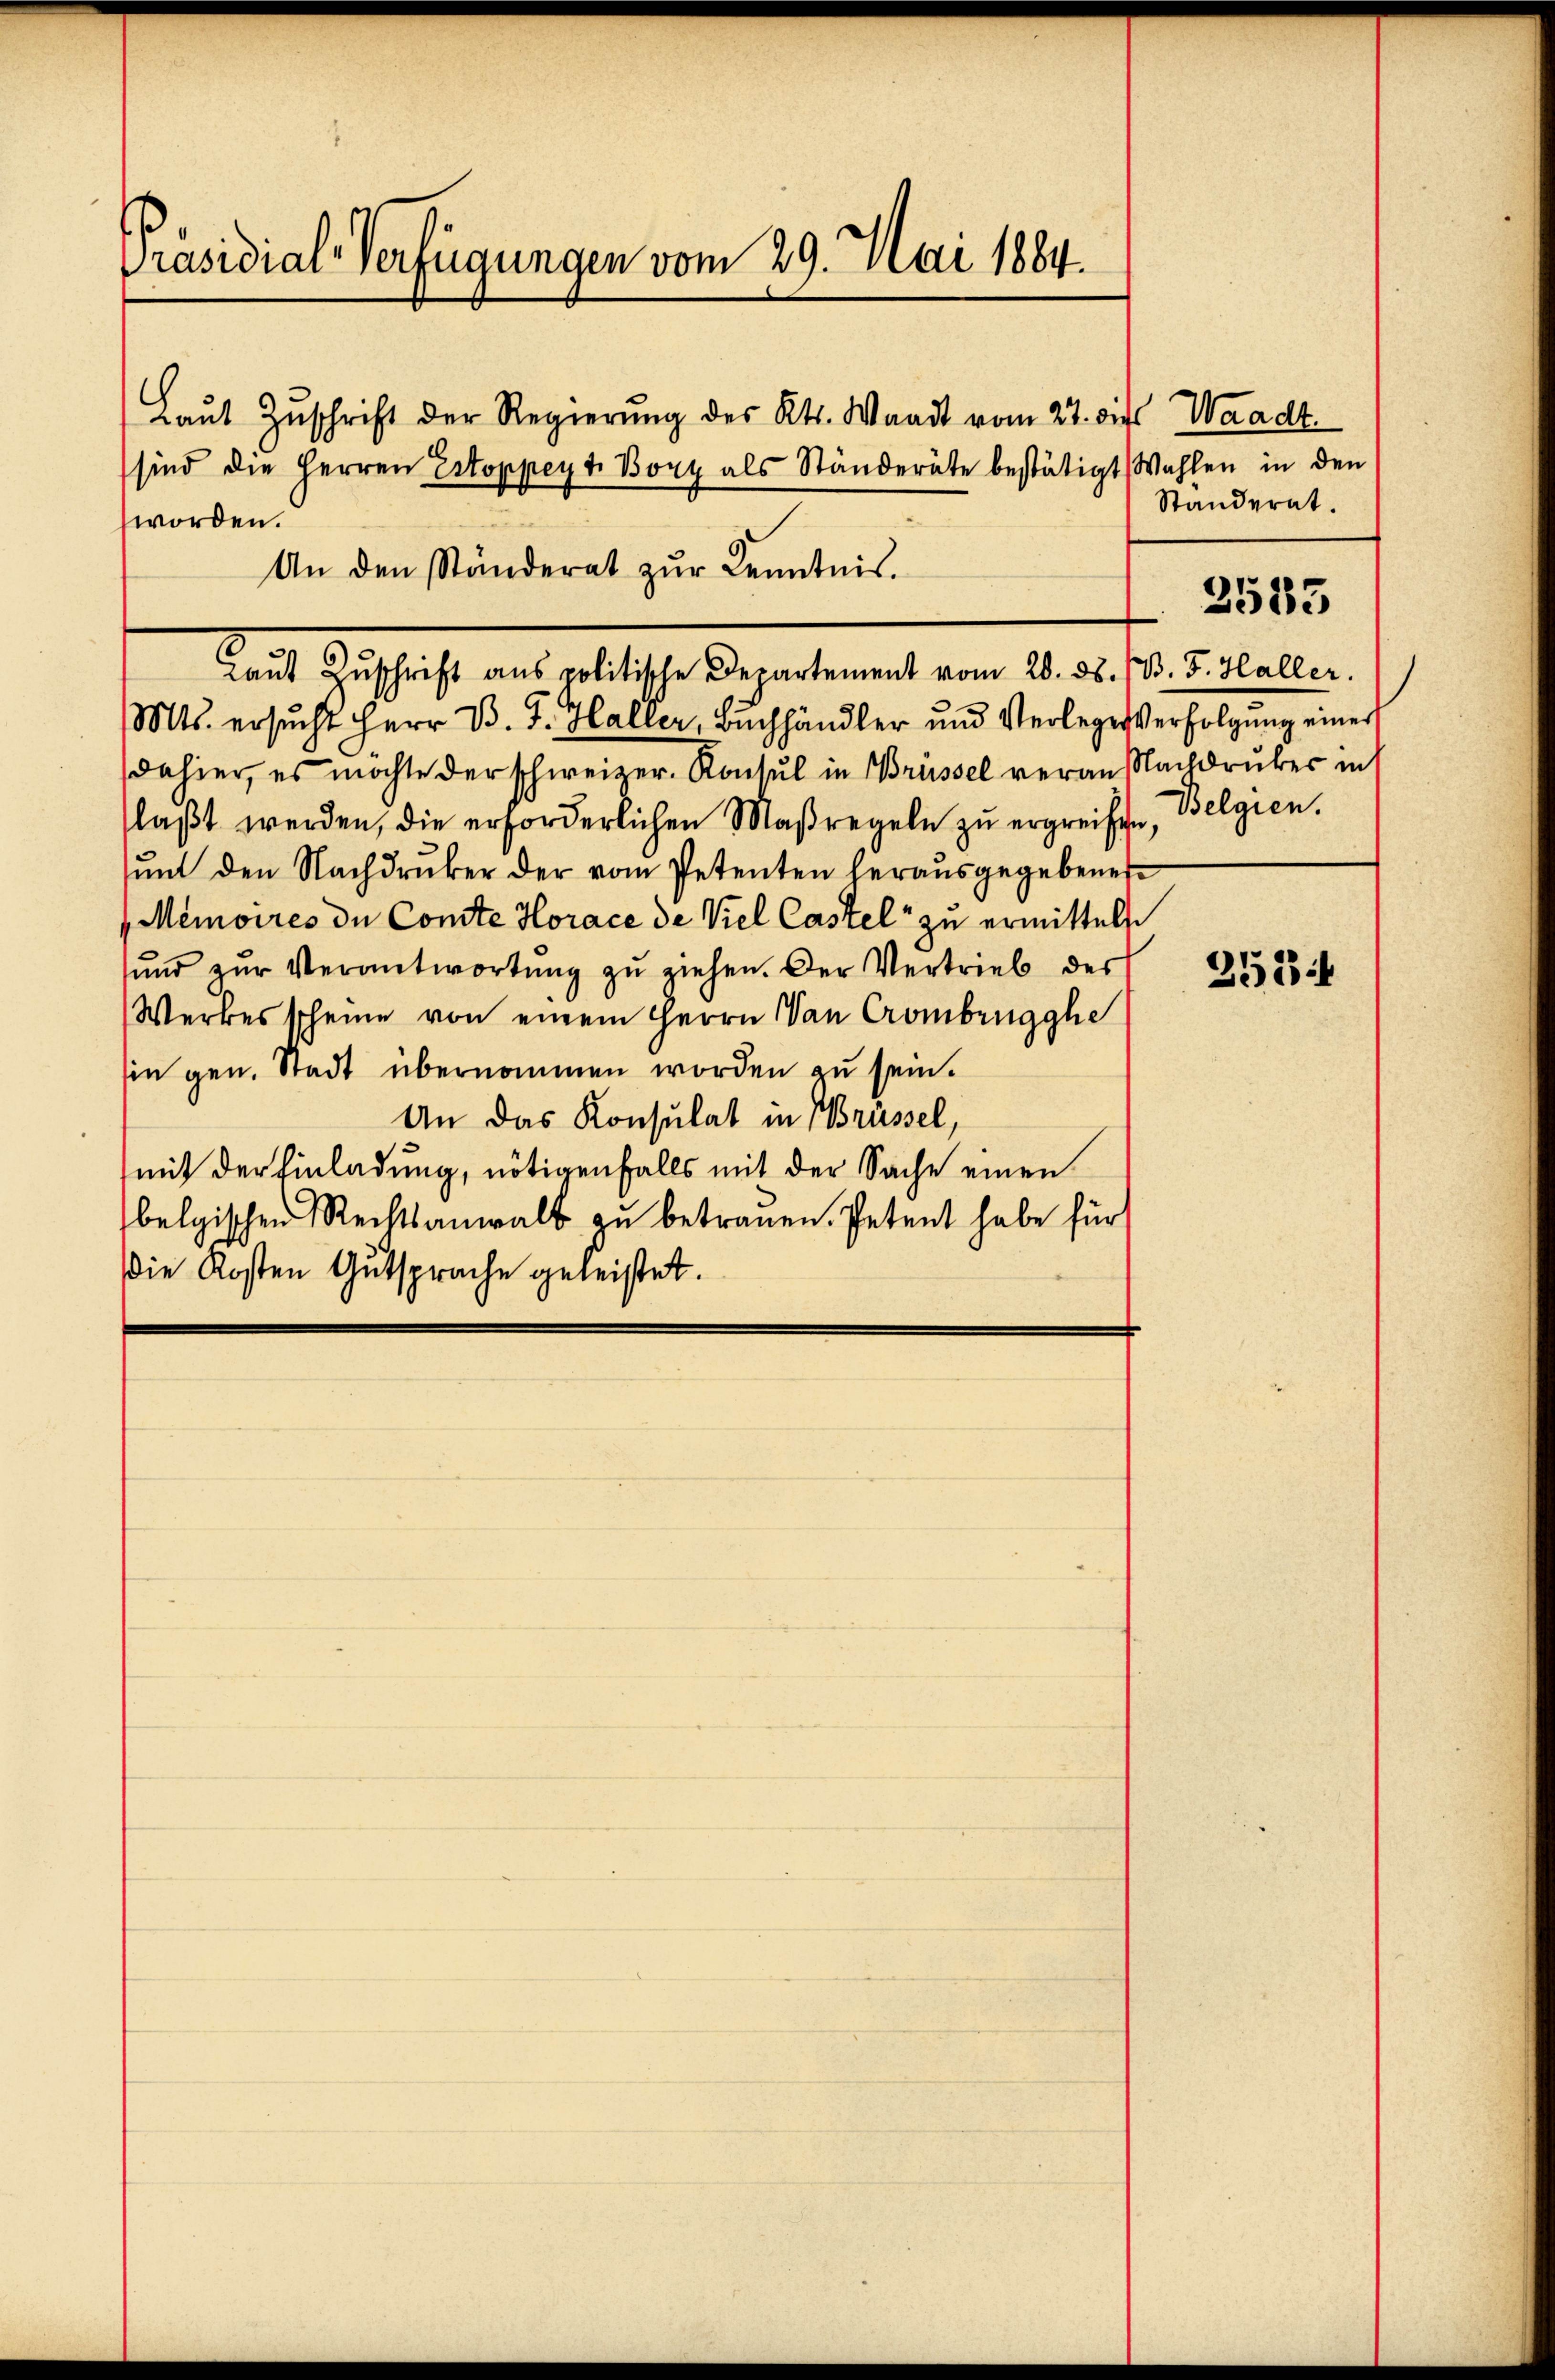
Präsidial-Verfügungen vom 29. Mai 1884.

Laŭt Zŭschrift der Regierŭng des Kts. Waadt vom 27. die Waadt
sind die Herren Estoppeyt. Bozy als Ständeräte bestätigt Wahlen in den
worden.
An den Ständerat zŭr Kenntnis.
Laut Zuschrift aus politische Departement vom 20. ds. 13. 5. Haller.
Mts. ersucht Herr D. J. Haller, Buchhändler und Verlege erfolgung einer
dahier, es möchte der schweizer. Konsul in Brüssel verauslachdruker ins
laßt werden, die erforderlichen Maßregeln zu ergreifen, Belgien.
ŭnt den Nachdruker der vom Petenten herausgegebener
Memoires de Conste Horace de Viel Castel zu ermittelt
ŭnd zŭr Verantwortŭng zŭ ziehen. Der Vertrieb der
Werkes scheine von einem Herrn an Crombrugghe
sin gen. Stadt übernommen worden zu sein.
An das Konsulat in Brüssel,
mit der Einladung, nötigenfalls mit der Sache einen
belgischen Rechtsanwalt zu betrauen. Petent habe für
Die Kosten Gutsprache geleistet.

Ständerat.

2533

3584